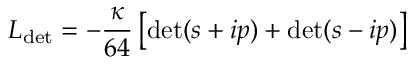
{ \cal L } _ { \mathrm { d e t } } = - \frac { \kappa } { 6 4 } \left[ \mathrm { d e t } ( s + i p ) + \mathrm { d e t } ( s - i p ) \right]